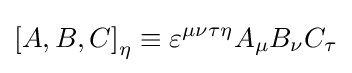
\left[A,B,C\right]_{\eta }\equiv \varepsilon ^{\mu \nu \tau \eta }A_{\mu }B_{\nu }C_{\tau }